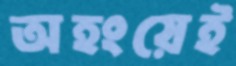
অহংয়েই